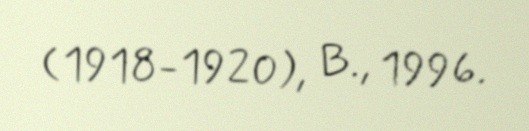
(1918-1920), B., 1996.